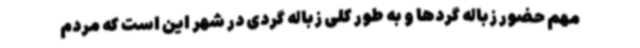
مهم حضور زباله گردها و به طور کلی زباله گردی در شهر این است که مردم